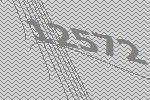
12572